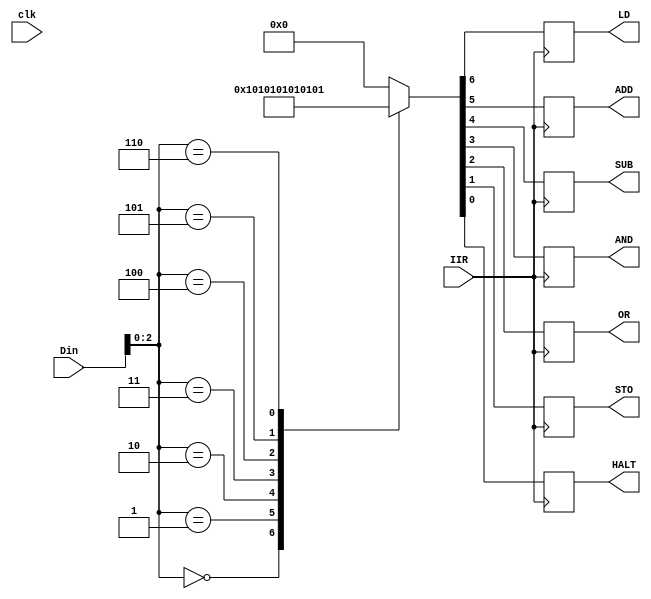
`timescale 1ns / 1ps
//////////////////////////////////////////////////////////////////////////////////
// Company: 
// Engineer: 
// 
// Design Name: 
// Module Name: IR
// Project Name: 
// Target Devices: 
// Tool Versions: 
// Description: 
// 
// Dependencies: 
// 
// Revision:
// Revision 0.01 - File Created
// Additional Comments:
// 
//////////////////////////////////////////////////////////////////////////////////


module IR(
input clk,
input IIR,
input [7:0]Din,
output LD,
output ADD,
output SUB,
output AND,
output OR,
output STO,
output HALT
    );
    reg [7:0]data;
    reg LD_S=0; assign  LD=LD_S;    
    reg ADD_S=0; assign ADD=ADD_S; 
    reg SUB_S=0; assign SUB=SUB_S; 
    reg AND_S=0; assign AND=AND_S; 
    reg OR_S=0;  assign  OR=OR_S; 
    reg STO_S=0; assign  STO=STO_S; 
    reg HALT_S=0; assign  HALT=HALT_S;
    always @(negedge IIR) 
    begin
    //if(!IIR)
    //begin
    case({Din[2],Din[1],Din[0]})
    3'b000:
    begin {LD_S,ADD_S,SUB_S,AND_S,OR_S,STO_S,HALT_S}<=7'b1000000; end  
    3'b001:
    begin {LD_S,ADD_S,SUB_S,AND_S,OR_S,STO_S,HALT_S}<=7'b0100000; end  
    3'b010:
    begin {LD_S,ADD_S,SUB_S,AND_S,OR_S,STO_S,HALT_S}<=7'b0010000; end  
    3'b011:
    begin {LD_S,ADD_S,SUB_S,AND_S,OR_S,STO_S,HALT_S}<=7'b0001000; end  
    3'b100:
    begin {LD_S,ADD_S,SUB_S,AND_S,OR_S,STO_S,HALT_S}<=7'b0000100; end  
    3'b101:
    begin {LD_S,ADD_S,SUB_S,AND_S,OR_S,STO_S,HALT_S}<=7'b0000010; end
     3'b110:
    begin {LD_S,ADD_S,SUB_S,AND_S,OR_S,STO_S,HALT_S}<=7'b0000001; end    
    default:{LD_S,ADD_S,SUB_S,AND_S,OR_S,STO_S,HALT_S}<=7'b0000000;
    endcase
    end
    //else begin{LD_S,ADD_S,SUB_S,AND_S,OR_S,HALT_S}<=6'b000000;end
    //end
endmodule